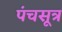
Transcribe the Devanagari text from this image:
पंचसूत्र